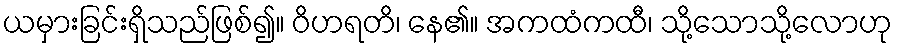
ယမှားခြင်းရှိသည်ဖြစ်၍။ ဝိဟရတိ၊ နေ၏။ အကထံကထီ၊ သို့သောသို့လောဟု